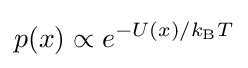
p(x)\propto e^{-U(x)/k_{\text{B}}T}